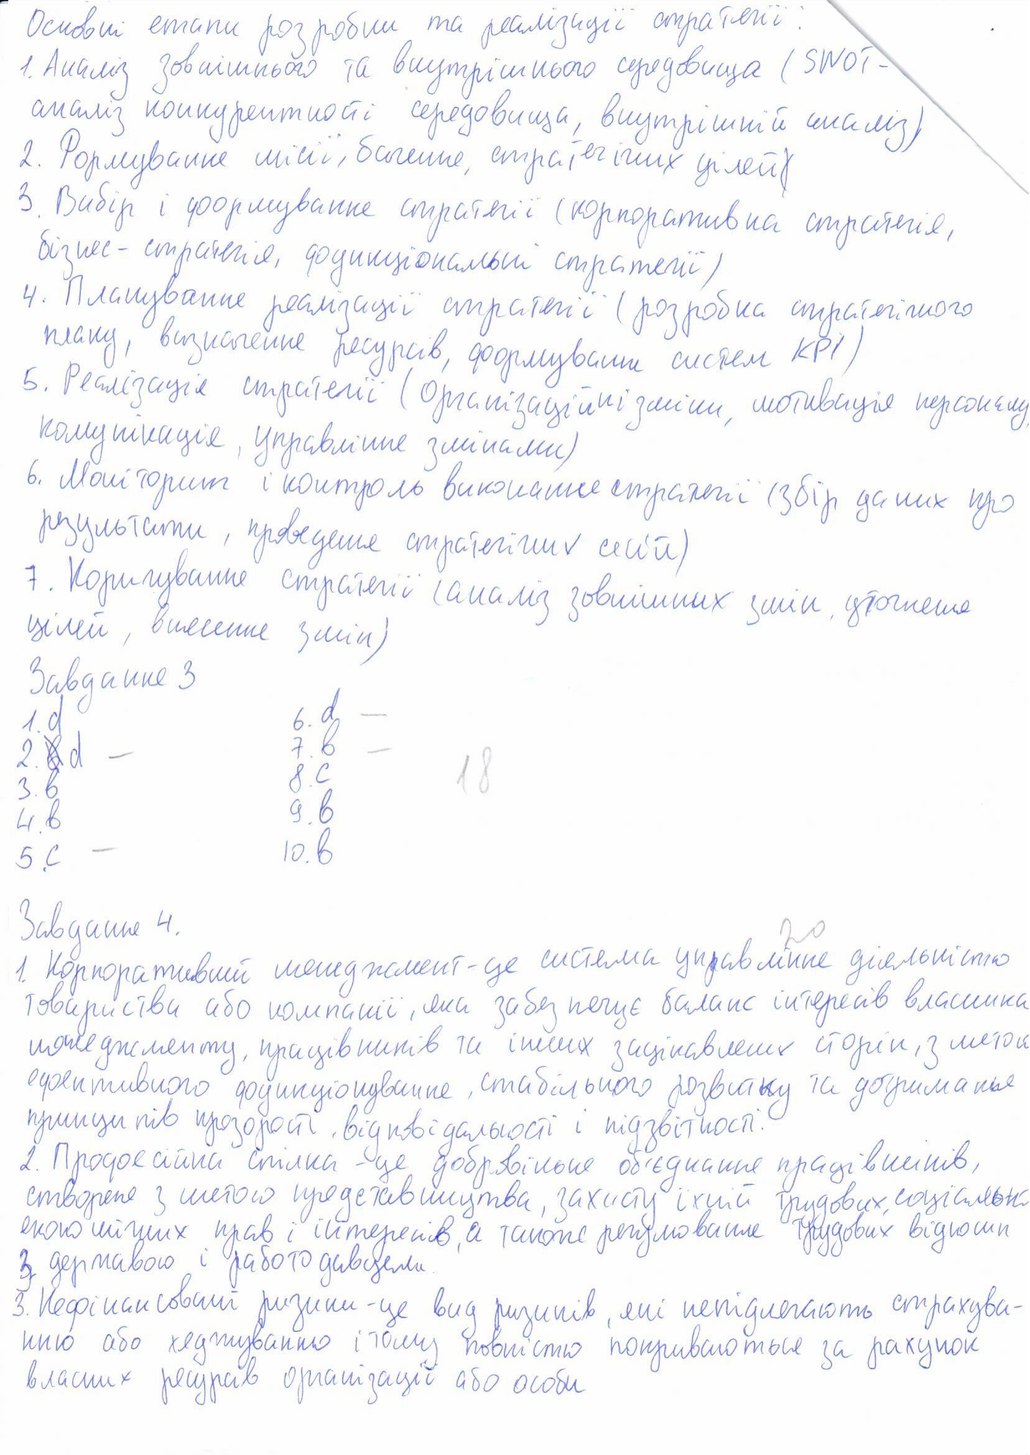
Основні етапи розробки та реалізації стратегії:
1. Аналіз зовнішнього та внутрішнього середовища (SWOT-
аналіз конкурентності середовища, внутрішній аналіз).
2. Формування місії, бачення, стратегічних цілей
3. Вибір і формування стратегії (корпоративна стратегія,
бізнес-стратегія, функціональні стратегії)
4. Планування реалізації стратегії (розробка стратегічного
плану, визначення ресурсів, формування систем KPI)
5. Реалізація стратегії (організаційні зміни, мотивація персоналу,
комунікація, управління змінами)
6. Моніторинг і контроль виконання стратегії (збір даних про
результати, проведення стратегічних сесій)
7. Коригування стратегії (аналіз зовнішніх змін, уточнення
цілей, внесення змін)
Завдання 3
6. d -
1. d
7. b -
2  ~~b~~ d -
18
3 . b
8. c
9. b
4. b
10. b
5. c -
Завдання 4.
20
1. Корпоративний менеджмент - це система управління діяльністю
товариства або компанії, яка забезпечує баланс інтересів власника
менеджменту, працівників та інших зацікавлених сторін, з метою
ефективного функціонування, стабільного розвитку та дотримання
принципів прозорості, відповідальності і підзвітності.
2. Професійна спілка - це добровільне об'єднання працівників,
створене з метою представництва, захисту їхній трудових, соціальних
економічних прав і інтересів, а також регулювання трудових відносин
з державою і роботодавцями.
Нефінансовані ризики - це вид ризиків, які не підлягають страхува-
нню або хеджуванню і тому повністю покриваються за рахунок
власних ресурсів організації або особи